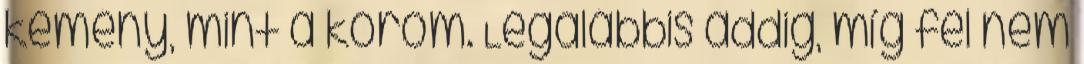
kemény, mint a köröm. Legalábbis addig, míg fel nem